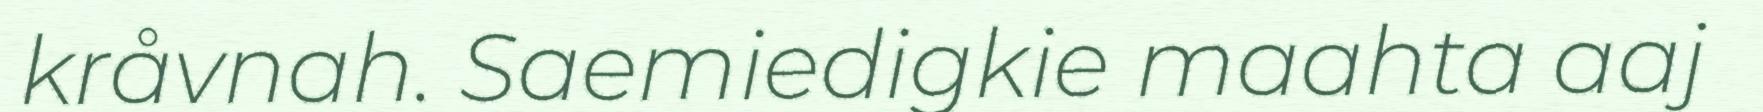
kråvnah. Saemiedigkie maahta aaj